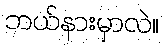
ဘယ်နားမှာလဲ။